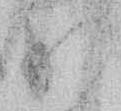
少